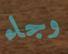
وجاء